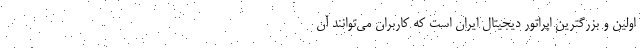
اولین و بزرگترین اپراتور دیجیتال ایران است که کاربران می‌توانند آن